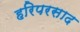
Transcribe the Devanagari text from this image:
हरिपरसाद